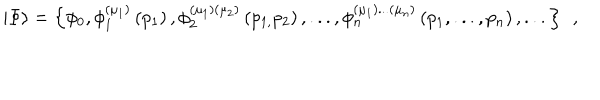
\left| \Phi \right\rangle = \left\{ \phi _ { 0 } , \phi _ { 1 } ^ { ( \mu _ { 1 } ) } \left( p _ { 1 } \right) , \phi _ { 2 } ^ { ( \mu _ { 1 } ) ( \mu _ { 2 } ) } \left( p _ { 1 , } p _ { 2 } \right) , . . . , \phi _ { n } ^ { ( \mu _ { 1 } ) . . . ( \mu _ { n } ) } \left( p _ { 1 } , . . . , p _ { n } \right) , . . . \right\} \; \, ,